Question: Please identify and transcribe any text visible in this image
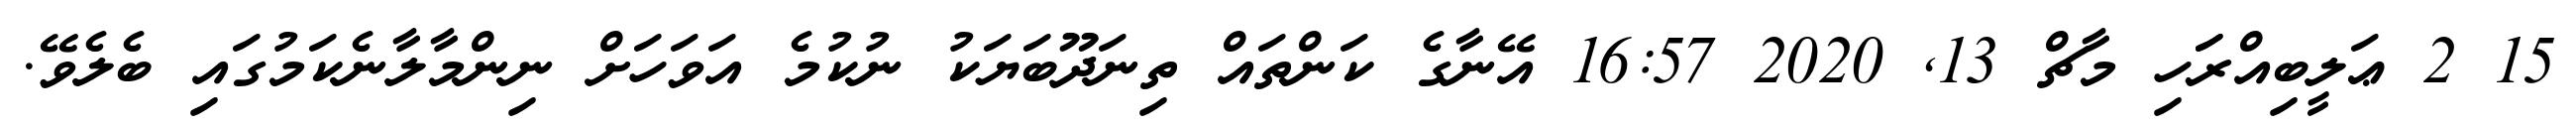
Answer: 15 2 ޢަލީބިއްރަަހި މާޗް 13, 2020 16:57 އޭނާގެ ކަންތައް ތިނަދޫބަޔަކު ނުކުމެ އަވަހަށް ނިންމާލާނެކަމުގައި ބެލެވޭ.